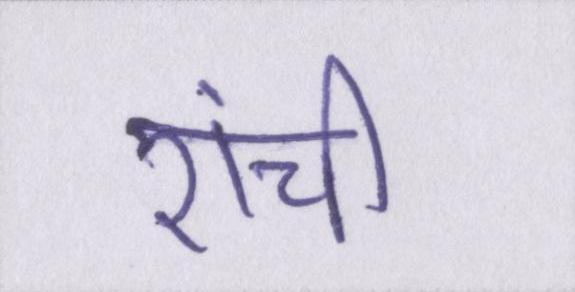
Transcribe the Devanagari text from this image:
रांची